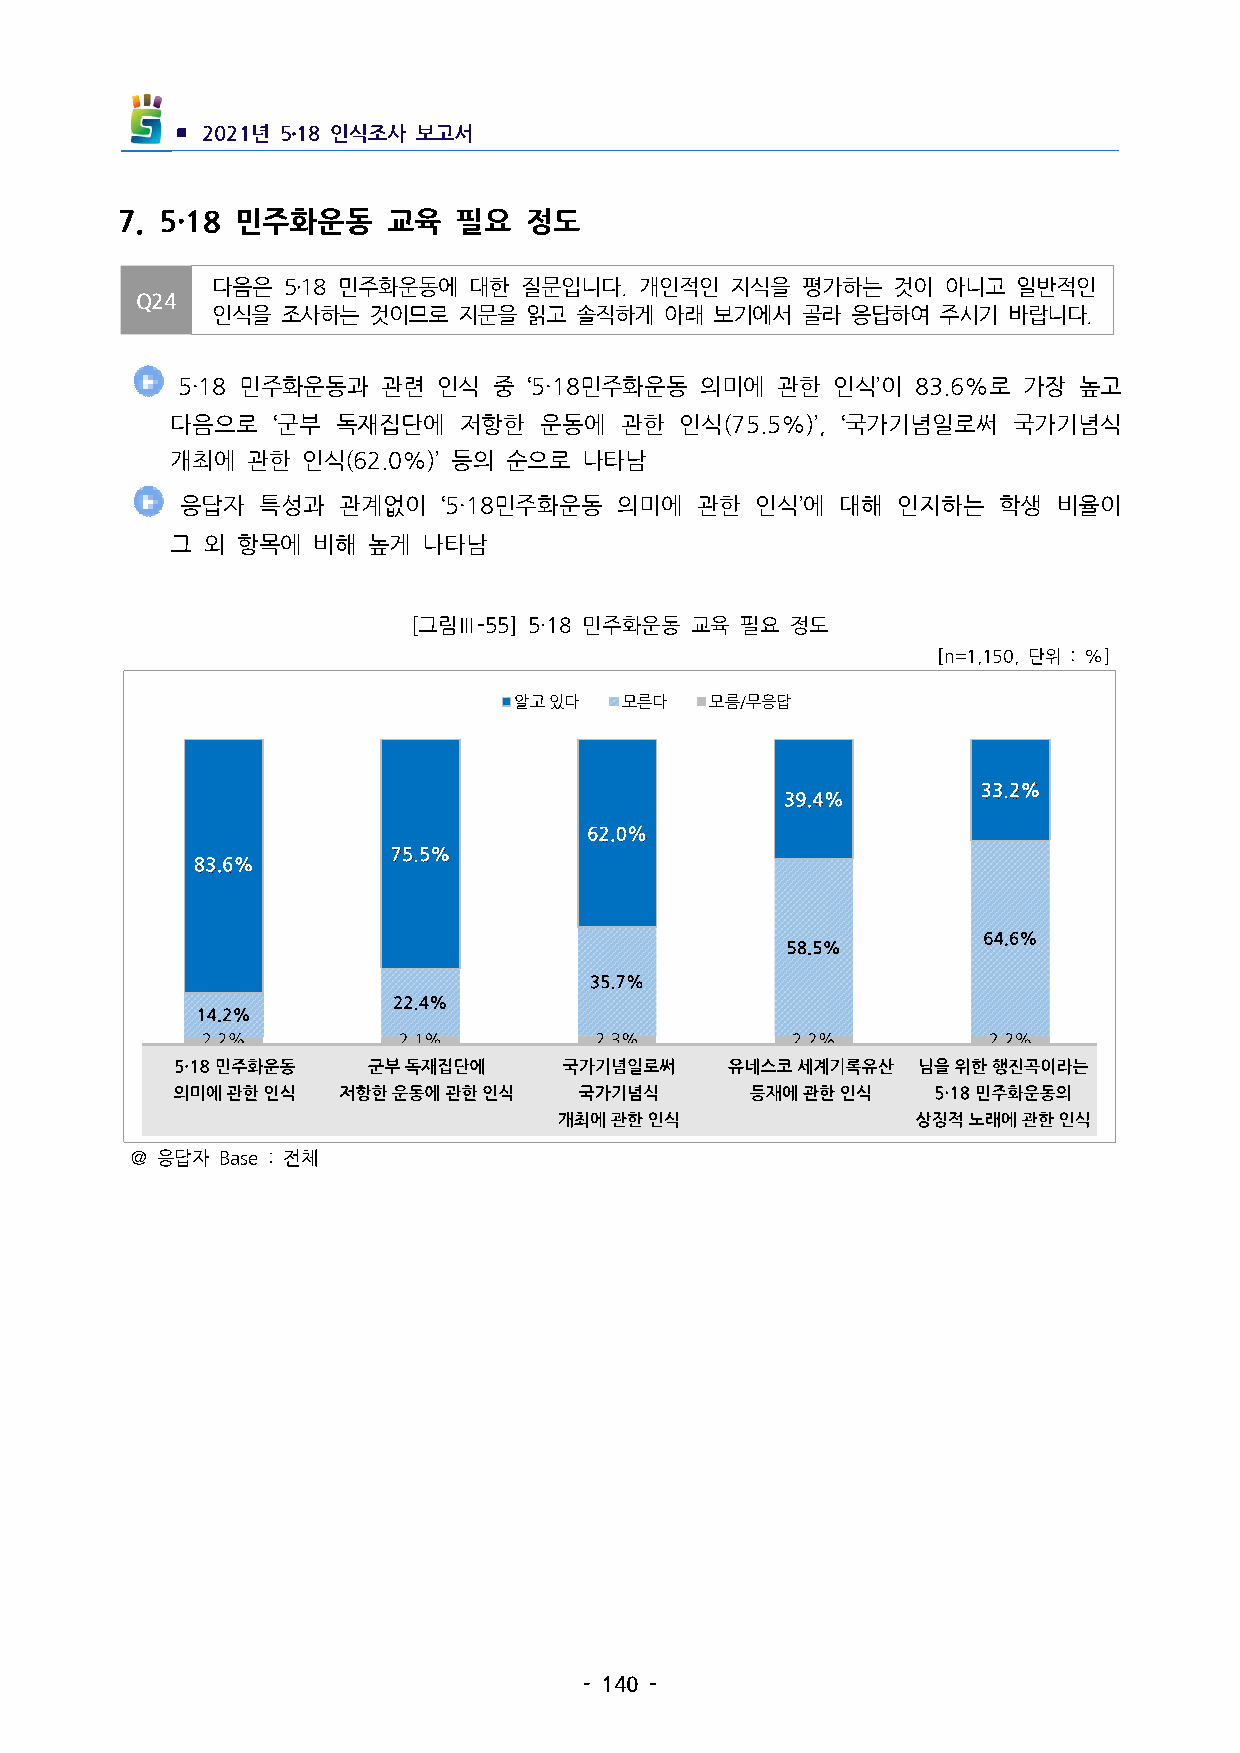
▪ 2021년 5․18인식조사 보고서
 7. 5·18 민주화운동   교육  필요   정도
 다음은  5․18민주화운동에 대한 질문입니다.개인적인   지식을  평가하는  것이  아니고 일반적인
 Q24
 인식을  조사하는 것이므로  지문을  읽고 솔직하게  아래 보기에서  골라 응답하여  주시기  바랍니다.
 5·18민주화운동과  관련  인식  중 ‘5·18민주화운동 의미에  관한  인식’이  83.6%로 가장 높고
 다음으로   ‘군부 독재집단에   저항한   운동에  관한  인식(75.5%)’, ‘국가기념일로써 국가기념식
 개최에  관한  인식(62.0%)’등의 순으로  나타남
  응답자 특성과  관계없이   ‘5·18민주화운동  의미에  관한  인식’에  대해 인지하는   학생  비율이
 그 외  항목에  비해 높게  나타남
 [그림Ⅲ-55] 5·18민주화운동 교육 필요 정도
 [n=1,150,단위 :%]
 알고있다   모른다   모름/무응답
 ＠응답자 Base:전체
 -140-